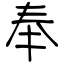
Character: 奉